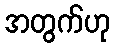
အတွက်ဟု